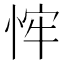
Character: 𢚄